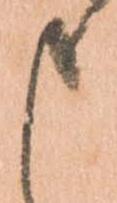
申